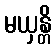
မယှန္တိ